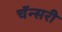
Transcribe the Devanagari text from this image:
चॅन्सरी